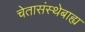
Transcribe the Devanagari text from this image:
चेतासंस्थेबाह्य